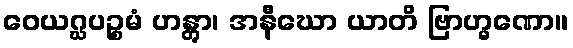
ဝေယဂ္ဃပဉ္စမံ ဟန္တွာ၊ အနီဃော ယာတိ ဗြာဟ္မဏော။